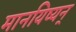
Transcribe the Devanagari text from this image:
मानयिष्यन्